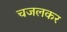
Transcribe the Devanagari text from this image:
चजलकर